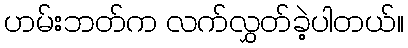
ဟမ်းဘတ်က လက်လွှတ်ခဲ့ပါတယ်။